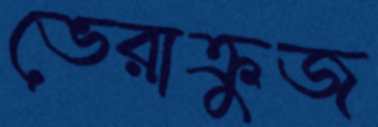
ভেরাক্রুজ